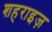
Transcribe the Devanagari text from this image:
शहराइज़